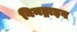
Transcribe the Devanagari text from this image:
विनड्राइव